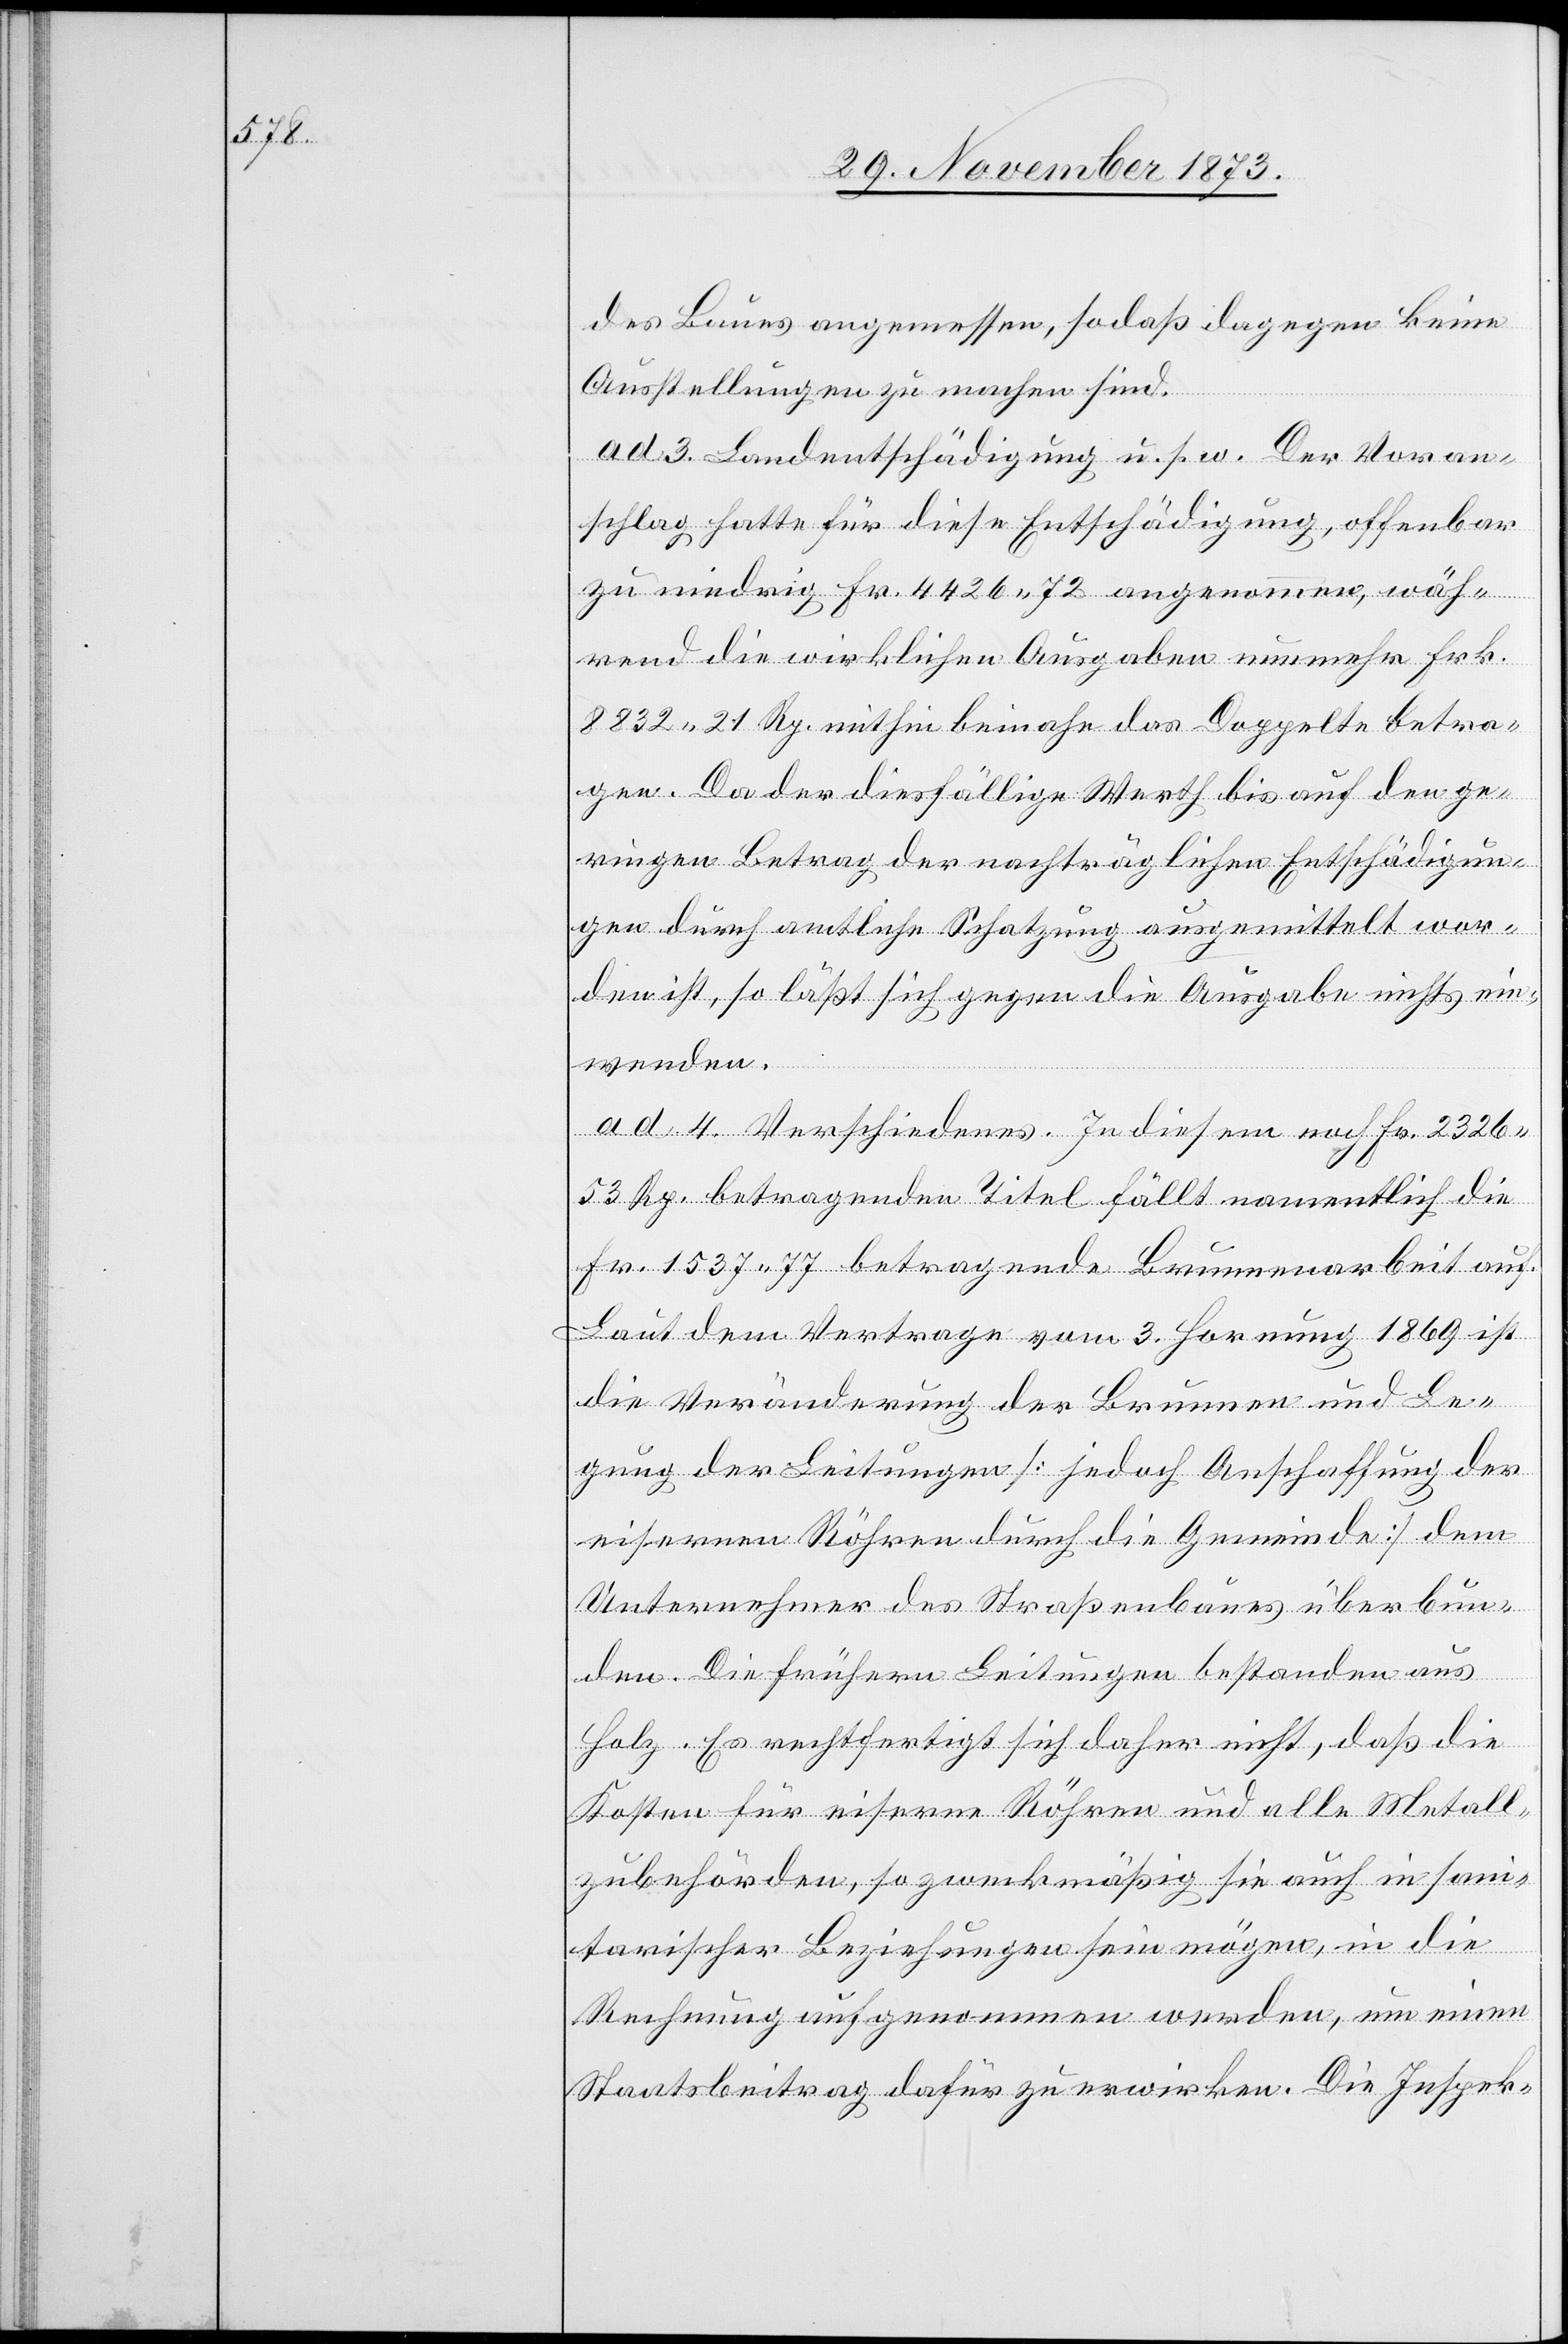
des Baues angemessen, sodaß dagegen keine
Ausstellungen zu machen sind.
ad 3. Landentschädigung u. s. w. Der Voran¬
schlag hatte für diese Entschädigung, offenbar
zu niedrig Fr. 4 426 72 angenommen, wäh¬
rend die wirklichen Ausgaben nunmehr Frk.
8 832 21 Rp. mithin beinahe das Doppelte betra¬
gen. Da der diesfällige Werth bis auf den ge¬
ringen Betrag der nachträglichen Entschädigun¬
gen durch amtliche Schatzung ausgemittelt wor¬
den ist, so läßt sich gegen die Ausgabe nichts ein¬
wenden.
ad 4. Verschiedenes. In diesem noch Fr. 2 326
53 Rp. betragenden Titel fällt namentlich die
Fr. 1 537 77 betragende Brunnenarbeit auf.
Laut dem Vertrage vom 3. Hornung 1869 ist
die Veränderung der Brunnen und Le¬
gung der Leitungen [jedoch Anschaffung der
eisernen Röhren durch die Gemeinde] dem
Unternehmer des Straßenbaues überbun¬
den. Die frühern Leitungen bestanden aus
Holz. Es rechtfertigt sich daher nicht, daß die
Kosten für eiserne Röhren und alle Metall¬
zubehörden, so zweckmäßig sie auch in san¬
itarischer Beziehungen [sic!] sein mögen, in die
Rechnung aufgenommen werden, um einen
Staatsbeitrag dafür zu erwirken. Die Inspek-